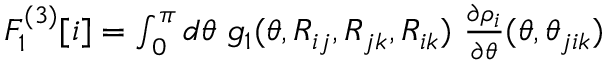
\begin{array} { r } { F _ { 1 } ^ { ( 3 ) } [ i ] = \int _ { 0 } ^ { \pi } d \theta ~ g _ { 1 } ( \theta , R _ { i j } , R _ { j k } , R _ { i k } ) ~ \frac { \partial \rho _ { i } } { \partial \theta } ( \theta , \theta _ { j i k } ) } \end{array}